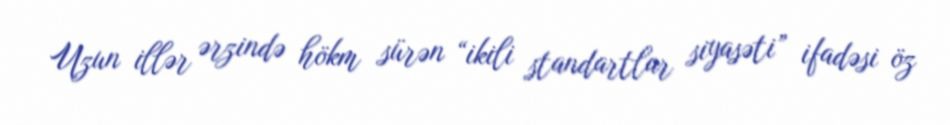
Uzun illər ərzində hökm sürən “ikili standartlar siyasəti” ifadəsi öz